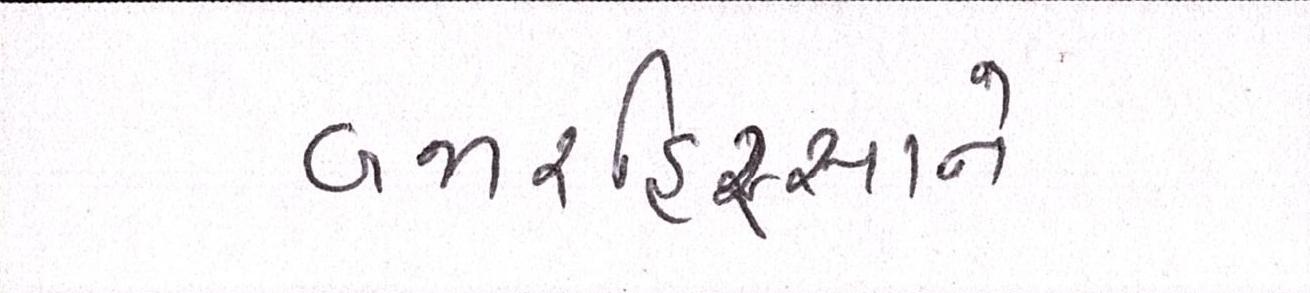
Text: બજારહિસ્સાને